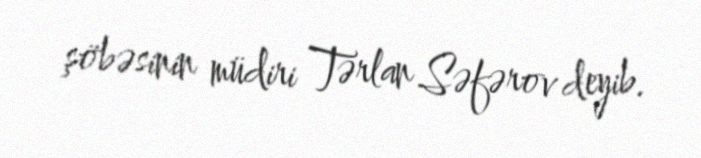
şöbəsinin müdiri Tərlan Səfərov deyib.